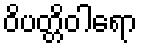
ဝိပတ္တိဝါရော